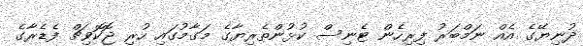
ދުނިޔޭގެ އެއް ނަމްބަރު ފިރިހެން ޓެނިސް ކުޅުންތެރިޔާގެ މަގާމުގައި ހުރި ޖޮކޮވިޗް ފެޑެރާގެ